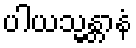
ပါယသ္မန္တာနံ